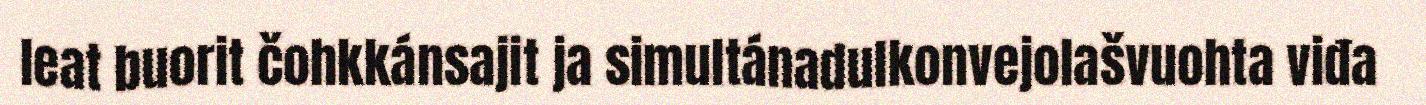
leat buorit čohkkánsajit ja simultánadulkonvejolašvuohta viđa